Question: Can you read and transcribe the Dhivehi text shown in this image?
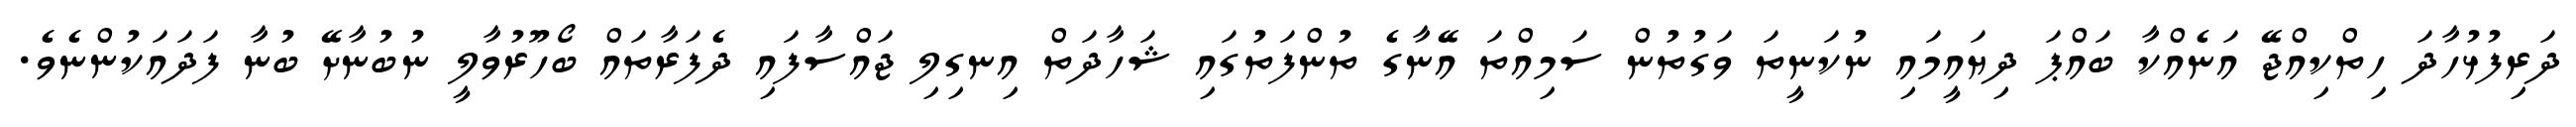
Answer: ދަރިފުޅުހާދަ ހިތްކިއްޖޭ އަނެއްކާ ބައްޕަ ދިޔައީމައި ނުކަނީތަ ވަގުތުން ސަމިއްތަ އޭނާގެ ތުންފަތުގައި ޝަހާދަތް އިނގިލި ޖައްސާފައި ދެފަރާތައް ބޯހޫރުވާލީ ނުބުނާށޭ ބުނާ ފަދައަކުންނެވެ.